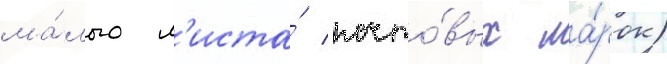
ма́лого л'иста́ почто́вых ма́рок)